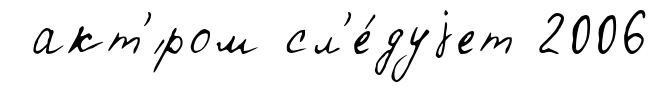
акт'́ром сл'е́дуjет 2006